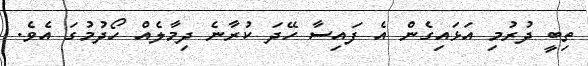
ތިބީ ދުރުމި އަޅައިގެން އެ ފައިސާ ހޭދަ ކުރާނެ ދިމާލެއް ހޯދުމުގަ އެވެ.